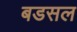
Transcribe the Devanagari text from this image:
बडसल